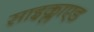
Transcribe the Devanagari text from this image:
साइक्लाएड